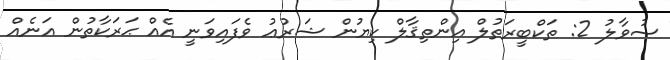
ސުވާލު 2: ތަކްބީރަތުލް އިންތިޤާލް ކިޔުން ޝަރުޢު ވެފައިވަނީ އެއް ޙަރަކާތުން އަނެއް